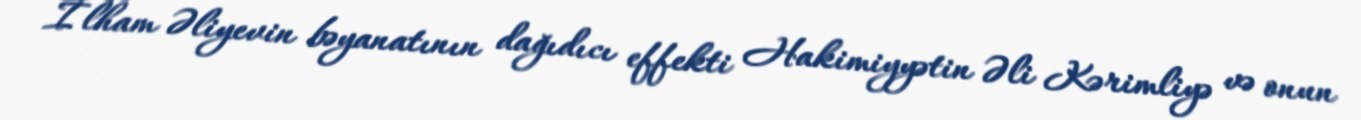
İlham Əliyevin bəyanatının dağıdıcı effekti Hakimiyyətin Əli Kərimliyə və onun